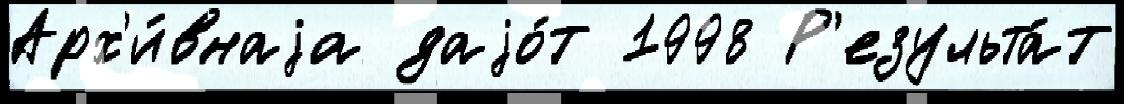
Арх'и́внаjа даjо́т 1998 Р'езульта́т